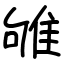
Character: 雊